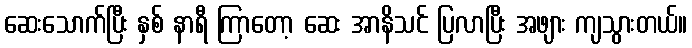
ဆေးသောက်ပြီး နှစ် နာရီ ကြာတော့ ဆေး အာနိသင် ပြလာပြီး အဖျား ကျသွားတယ်။